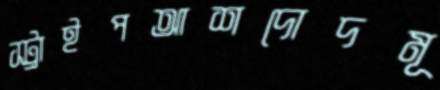
স্ট্রাইপআশদোদমূ